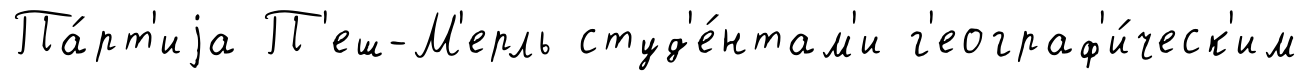
Па́рт'иjа П'еш-М'ерль студ'е́нтам'и г'еограф'и́ческ'им